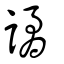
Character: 譎